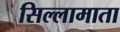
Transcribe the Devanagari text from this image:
सिल्लामाता